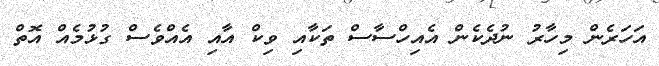
އަހަރެން މިހާރު ނުދެކެން އެއިހްސާސް ތަކާއި ވިކް އާއި އެއްވެސް ގުޅުމެއް އޮތް